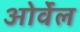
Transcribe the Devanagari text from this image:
ओर्वेल